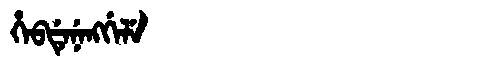
Manchu: ᡥᡝᠪᡩᡝᠨᡝᠩᡤᡝᠯᡝ
Romanization: HEBDENENGGELE